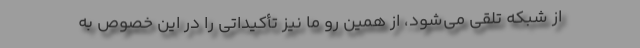
از شبکه تلقی می‌شود، از همین رو ما نیز تأکیداتی را در این خصوص به